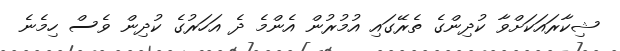
ޝިކާރައަކަށްވާ ކުދިންގެ ތެރޭގައި އުމުރުން އެންމެ ދެ އަހަރުގެ ކުދިން ވެސް ހިމެނެ